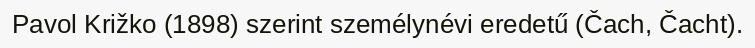
Pavol Križko (1898) szerint személynévi eredetű (Čach, Čacht).